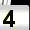
Digit: 4